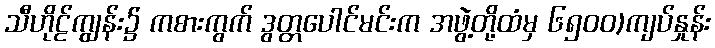
သီဟိုဠ်ကျွန်း၌ ကစားကွက် ဒွတ္တပေါင်မင်းက အဖွဲ့တို့ထံမှ ၆၅၀၀)ကျပ်နှုန်း